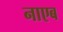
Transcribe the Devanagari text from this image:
नाएब